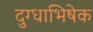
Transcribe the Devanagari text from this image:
दुग्‍धाभिषेक